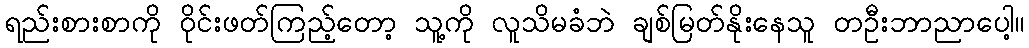
ရည်းစားစာကို ဝိုင်းဖတ်ကြည့်တော့ သူ့ကို လူသိမခံဘဲ ချစ်မြတ်နိုးနေသူ တဦးဘာညာပေါ့။